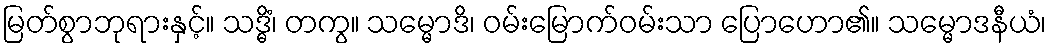
မြတ်စွာဘုရားနှင့်။ သဒ္ဓိံ၊ တကွ။ သမ္မောဒိ၊ ဝမ်းမြောက်ဝမ်းသာ ပြောဟော၏။ သမ္မောဒနီယံ၊